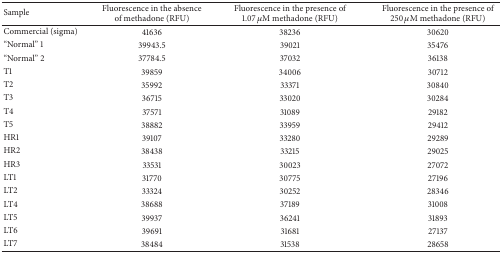
<table><thead><tr><td><b>Sample </b></td><td><b>Fluorescence in the absence of methadone (RFU) </b></td><td><b>Fluorescence in the presence of 1.07 <i>μ</i>M methadone (RFU) </b></td><td><b>Fluorescence in the presence of 250 <i>μ</i>M methadone (RFU) </b></td></tr></thead><tbody><tr><td>Commercial (sigma) </td><td>41636 </td><td>38236 </td><td>30620 </td></tr><tr><td>“Normal” 1 </td><td>39943.5 </td><td>39021 </td><td>35476 </td></tr><tr><td>“Normal” 2 </td><td>37784.5 </td><td>37032 </td><td>36138 </td></tr><tr><td>T1 </td><td>39859 </td><td>34006 </td><td>30712 </td></tr><tr><td>T2 </td><td>35992 </td><td>33371 </td><td>30840 </td></tr><tr><td>T3 </td><td>36715 </td><td>33020 </td><td>30284 </td></tr><tr><td>T4 </td><td>37571 </td><td>31089 </td><td>29182 </td></tr><tr><td>T5 </td><td>38882 </td><td>33959 </td><td>29412 </td></tr><tr><td>HR1 </td><td>39107 </td><td>33280 </td><td>29289 </td></tr><tr><td>HR2 </td><td>38438 </td><td>33215 </td><td>29025 </td></tr><tr><td>HR3 </td><td>33531 </td><td>30023 </td><td>27072 </td></tr><tr><td>LT1 </td><td>31770 </td><td>30775 </td><td>27196 </td></tr><tr><td>LT2 </td><td>33324 </td><td>30252 </td><td>28346 </td></tr><tr><td>LT4 </td><td>38688 </td><td>37189 </td><td>31008 </td></tr><tr><td>LT5 </td><td>39937 </td><td>36241 </td><td>31893 </td></tr><tr><td>LT6 </td><td>39691 </td><td>31681 </td><td>27137 </td></tr><tr><td>LT7 </td><td>38484 </td><td>31538 </td><td>28658 </td></tr></tbody></table>